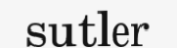
sutler